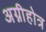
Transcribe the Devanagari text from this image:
अग्नीहोत्र